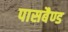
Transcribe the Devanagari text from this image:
पासबैण्ड